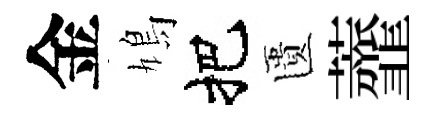
金鳩把匱虀